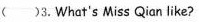
( )3.What's Miss Qian like?